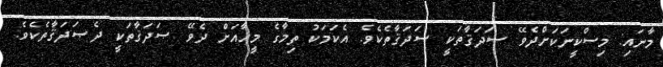
މާނައި: މިސްކީނަކަށްދެވޭ ޞަދަޤާތަކީ ޞަދަޤާތެކެވެ. އެކަމަކު ތިމާގެ މީހާއަށް ދެވޭ ޞަދަޤާތަކީ ދެޞަދަޤާތެކެވެ.